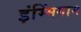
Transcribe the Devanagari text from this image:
इंम्मिंगाम